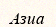
Азиа